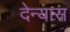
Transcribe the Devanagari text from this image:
देन्यास